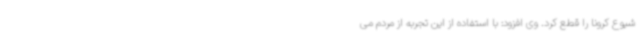
شیوع کرونا را قطع کرد. وی افزود: با استفاده از این تجربه از مردم می